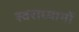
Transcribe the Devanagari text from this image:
स्वराध्यायों